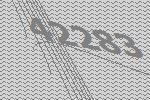
42283